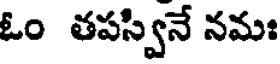
ఓం తపస్వినే నమః